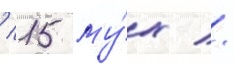
/ 15 му́х //